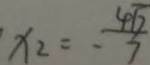
x _ { 2 } = \frac { 4 \sqrt { 7 } } { 7 }